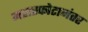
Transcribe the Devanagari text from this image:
महास्फोटानंतर